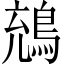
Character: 𪁇